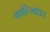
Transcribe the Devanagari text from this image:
कल्गिधर